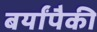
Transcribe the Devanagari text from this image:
बर्यांपैकी